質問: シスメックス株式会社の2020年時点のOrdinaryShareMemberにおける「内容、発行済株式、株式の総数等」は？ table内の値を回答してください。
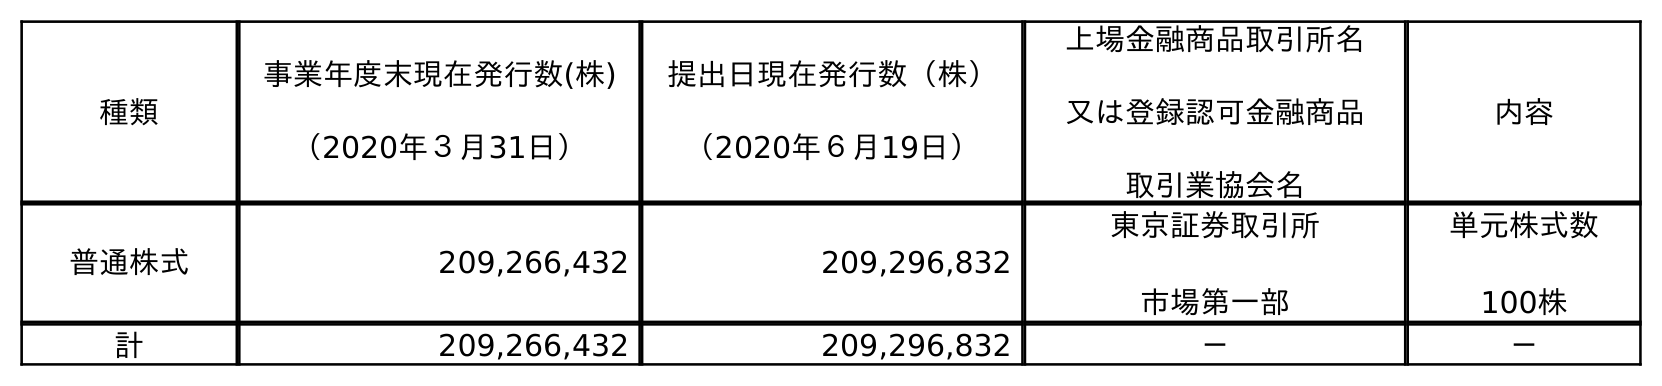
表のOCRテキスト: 種類 事業年度末現在発行数(株) （2020年３月31日） 提出日現在発行数（株） （2020年６月19日） 上場金融商品取引所名 又は登録認可金融商品 取引業協会名 内容 普通株式 209,266,432 209,296,832 東京証券取引所 市場第一部 単元株式数 100株 計 209,266,432 209,296,832 － －
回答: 単元株式数100株